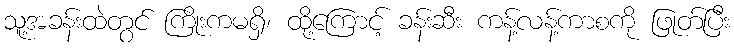
သူ့အခန်းထဲတွင် ကြိုးကမရှိ၊ ထို့ကြောင့် ခန်းဆီး ကန့်လန့်ကာစကို ဖြုတ်ပြီး